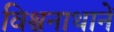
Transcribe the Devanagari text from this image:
विश्वनाथानें